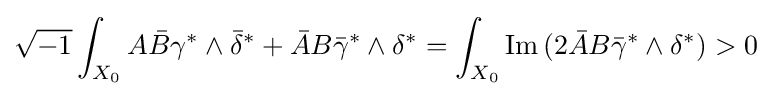
{\sqrt {-1}}\int _{X_{0}}A{\bar {B}}\gamma ^{*}\wedge {\bar {\delta }}^{*}+{\bar {A}}B{\bar {\gamma }}^{*}\wedge \delta ^{*}=\int _{X_{0}}\operatorname {Im} \,(2{\bar {A}}B{\bar {\gamma }}^{*}\wedge \delta ^{*})>0